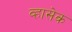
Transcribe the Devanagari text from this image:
व्हासेक